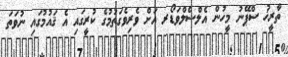
ތާރީޚު ސްޕޭނު މީހުން އެލްސެލްވަޑޯރ އަށް ވެރިވެގަތުމުގެ ކުރީގައި އެ ޤައުމުގައި ނުވަތަ